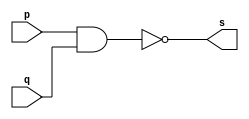
//...............
//Exemplo0006 - NAND
//Nome: Mateus Lima Batista
//...............

//...............
//.. NAND gate
//...............
module nandgate(output s, input p, input q);
assign s = (~(p&q));
endmodule//NANDgate
//..............
//.. test nand gate
//..............
module testnandgate;
//................dados locais
reg p,q;
wire s;
nandgate NAND1(s,p,q);
//....... preparacao
initial begin:start
p=0; q=0;
end
//........parte principal
initial begin:main
$display("Exemplo0006 - Mateus Lima Batista - 451410");
$display("Test NAND gate");
$display("\n(~(p&q))=s\n");

$monitor("(~(%b & %b)) = %b", p, q, s);
#1p = 0; q = 1;
#1p = 1; q = 0;
#1p = 1; q = 1;
end
endmodule//testnandgate